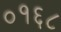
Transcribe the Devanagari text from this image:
०१६८